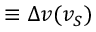
\equiv \Delta v ( v _ { S } )